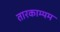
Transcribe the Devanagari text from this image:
तारकाम्यम